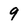
Character: 9